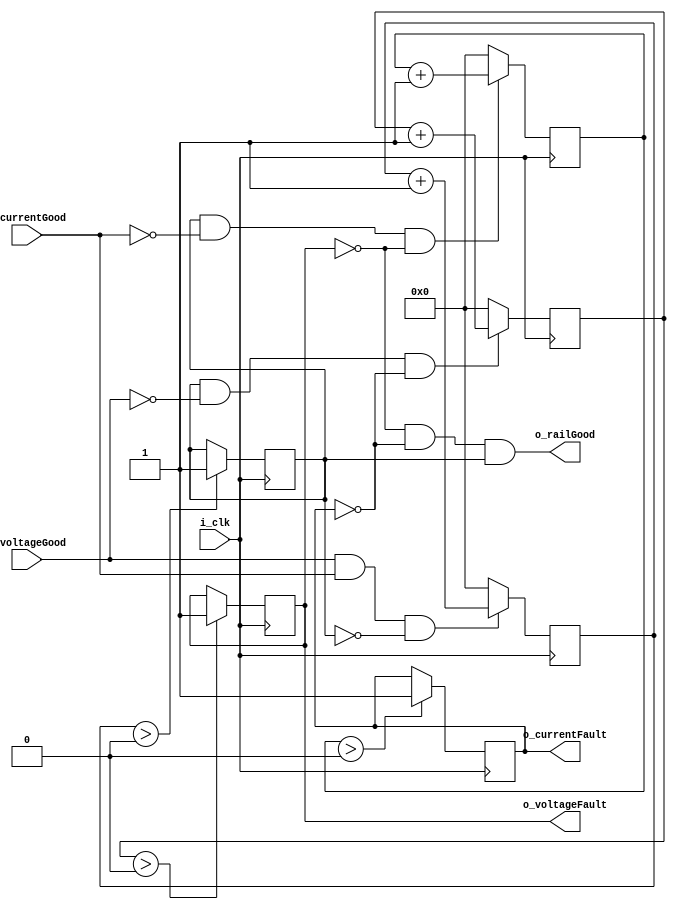
module rail_monitor #(
	parameter STARTUP_DELAY = 0,
	parameter ERROR_DELAY = 0
	)
	(
	input i_clk,
    input i_voltageGood,
    input i_currentGood,
    output o_railGood, // Green LED
    output o_voltageFault,  // Blue LED
    output o_currentFault  // Red LED
);

reg r_voltageFault = 0;
reg r_currentFault = 0;
reg r_enabled = 0; 
reg [11:0] r_startupCounter = 0;
reg [11:0] r_voltageErrorCounter = 0;
reg [11:0] r_currentErrorCounter = 0;
wire w_railGood;

assign w_railGood = ~r_voltageFault && ~r_currentFault;
assign o_railGood = w_railGood && r_enabled;
assign o_voltageFault = r_voltageFault;
assign o_currentFault = r_currentFault;


always @(posedge i_clk) begin
	
	// Both current and voltage (basically just voltage as we can't draw current from a disabled rail)
	// must be good for a while (to ensure rail stability) before indicating that rail is good
	if (i_voltageGood && i_currentGood && ~r_enabled) begin
		r_startupCounter <= r_startupCounter + 1;
	end else begin
		r_startupCounter <= 0;
	end

	if(r_startupCounter > STARTUP_DELAY) begin
		r_enabled <= 1'b1;
	end else begin
		r_enabled <= r_enabled;
	end	

	
	// If the rail has been indicated as good but now has a voltage fault
	// check error persists for ERROR_DELAY then latch fault
	if (r_enabled && ~i_voltageGood && ~r_currentFault) begin
		r_voltageErrorCounter <= r_voltageErrorCounter + 1;
	end else begin
		r_voltageErrorCounter <= 0;
	end


	if (r_voltageErrorCounter > ERROR_DELAY) begin
		r_voltageFault <= 1'b1;
	end else begin
		r_voltageFault <= r_voltageFault;
	end


	
	// If the rail has been indicated as good but now has a voltage fault
	// check error persists for ERROR_DELAY then latch fault
	if (r_enabled && ~i_currentGood && ~r_voltageFault) begin
		r_currentErrorCounter <= r_currentErrorCounter + 1;
	end else begin
		r_currentErrorCounter <= 0;
	end
	
	if (r_currentErrorCounter > ERROR_DELAY) begin
		r_currentFault <= 1'b1;
	end else begin
		r_currentFault <= r_currentFault;
	end


end

endmodule